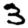
Digit: 3